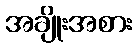
အချိုးအစား